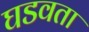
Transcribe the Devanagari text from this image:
घडवता